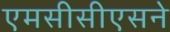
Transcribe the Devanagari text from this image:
एमसीसीएसने